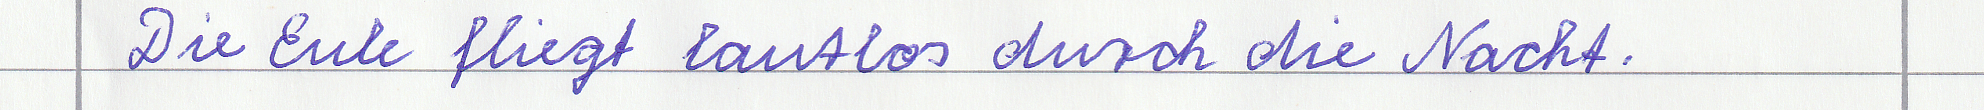
Die Eule fliegt lautlos durch die Nacht.